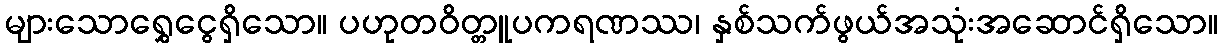
များသောရွှေငွေရှိသော။ ပဟုတဝိတ္တူပကရဏဿ၊ နှစ်သက်ဖွယ်အသုံးအဆောင်ရှိသော။